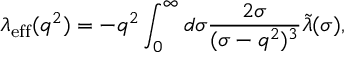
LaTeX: \lambda _ { \mathrm { e f f } } ( q ^ { 2 } ) = - q ^ { 2 } \int _ { 0 } ^ { \infty } d \sigma \frac { 2 \sigma } { ( \sigma - q ^ { 2 } ) ^ { 3 } } \tilde { \lambda } ( \sigma ) ,